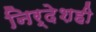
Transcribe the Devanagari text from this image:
निर्देशही